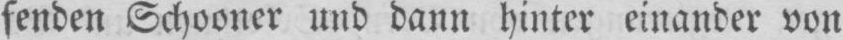
fenden Schooner und dann hinter einander von